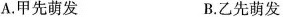
A.甲先萌发 B.乙先萌发